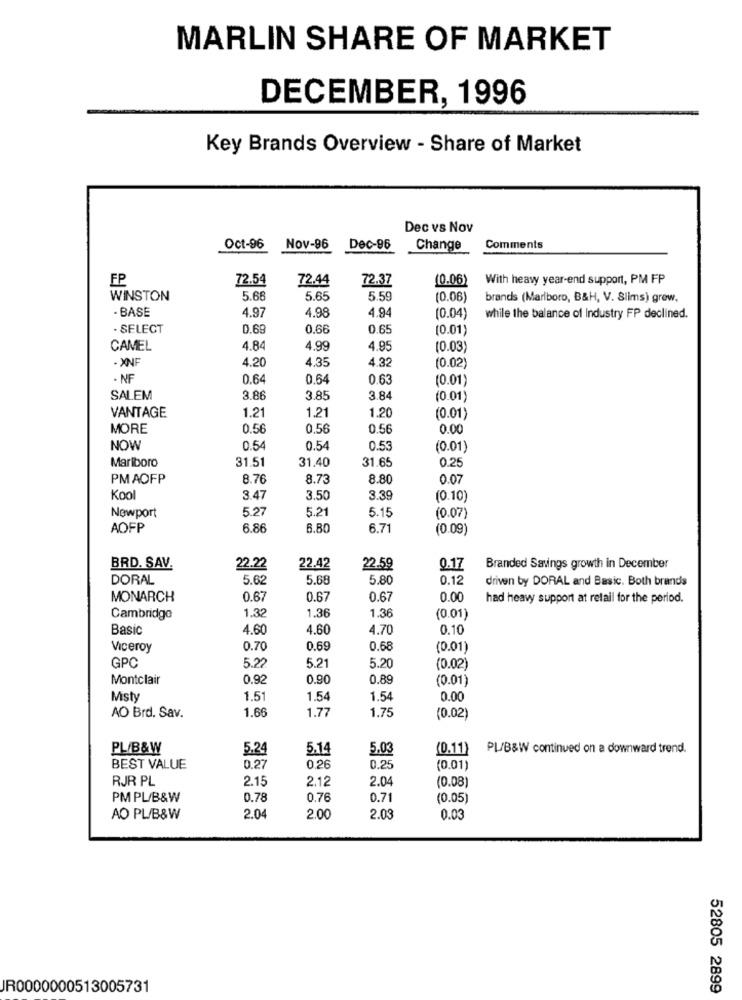
MARLIN SHARE OF MARKET
DECEMBER, 1996
Key Brands Overview - Share of Market
Dec vs Nov
Oct-96
Nov-96
Dec-96
Change
Comments
FP
72.54
72.44
72.37
(0.06)
With heavy year-end support, PM FP
WINSTON
5.66
5.65
5.59
(0.06)
brands (Marlboro, B&H, V. Slims) grew,
- BASE
4.97
4.98
4.94
(0.04)
while the balance of Industry FP declined.
. SELECT
0.69
0.66
0.65
(0.01)
CAMEL
4.84
4.99
4.95
(0.03
- XNF
4.20
4.35
4.32
(0.02)
· NF
0.64
0,64
0.63
(0.01)
SALEM
3.88
3.85
3.84
(0.01)
VANTAGE
1.21
1.21
1.20
(0.01)
MORE
0.56
0.56
0.56
0.00
NOW
0.54
0.54
0.53
(0.01)
Marlboro
31.51
31.40
31.65
0.25
PMAOFP
8.76
8.73
8.80
0.07
Kool
3.47
3.50
3.39
(0.10)
5.27
5.21
5.15
Newport
(0.07)
AOFP
6.86
6.80
6.71
(0.09)
BRD. SAV.
22.22
22.42
22.59
0.17
Branded Savings growth in December
DORAL
5.62
5.68
5.80
0.12
driven by DORAL and Basic. Both brands
MONARCH
0.6
0.67
0.67
0.00
had heavy support at retail for the period.
Cambridge
1.32
1.36
1.36
(0.01)
Basic
4.60
4.60
4.70
0.10
Viceroy
0.70
0.69
0.68
(0.01)
5.20
GPC
5.2
5.21
(0.02)
Montclair
0.92
0.90
0.89
(0.01)
Misty
1.51
1.54
1.54
0.00
AO Brd. Sav.
1.66
1.77
1.75
(0.02)
PL/B&W
5.2
5.14
5.03
(0.11) PL/B&W continued on a downward trend.
BEST VALUE
0.2
0.26
0.25
(0.01)
RJR PL
2.15
2.12
2.04
(0.08
PM PL/B&W
0.78
0.76
0.71
(0.05)
AO PL/B&W
2.04
2.00
2.0
0.03
JR0000000513005731
52805 2899